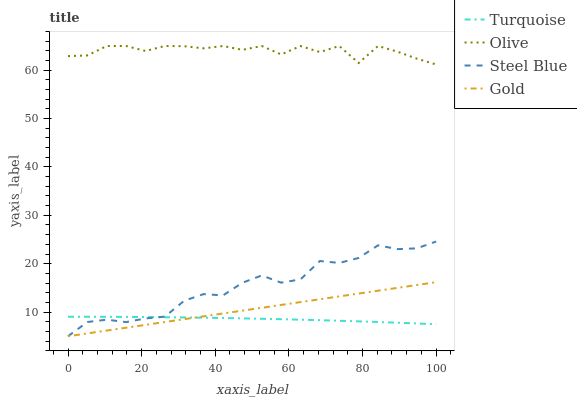
| xaxis_label | Turquoise | Olive | Steel Blue | Gold |
 | --- | --- | --- | --- | --- |
 | 0 | 9.04 | 62.9 | 5 | 5 |
 | 5.26 | 9.03 | 63.1 | 7.94 | 5.59 |
 | 10.5 | 9.02 | 65 | 8.43 | 6.18 |
 | 15.8 | 9 | 65 | 7.93 | 6.77 |
 | 21.1 | 8.97 | 64 | 8.69 | 7.35 |
 | 26.3 | 8.93 | 65 | 9.06 | 7.94 |
 | 31.6 | 8.89 | 65 | 12.3 | 8.53 |
 | 36.8 | 8.83 | 64.5 | 13.7 | 9.12 |
 | 42.1 | 8.77 | 65 | 13.4 | 9.71 |
 | 47.4 | 8.7 | 64.2 | 16.1 | 10.3 |
 | 52.6 | 8.61 | 65 | 17.6 | 10.9 |
 | 57.9 | 8.52 | 63.3 | 16.1 | 11.5 |
 | 63.2 | 8.43 | 65 | 16.8 | 12.1 |
 | 68.4 | 8.32 | 63.7 | 20.6 | 12.6 |
 | 73.7 | 8.2 | 65 | 20.2 | 13.2 |
 | 78.9 | 8.07 | 61.5 | 21.2 | 13.8 |
 | 84.2 | 7.94 | 65 | 23.8 | 14.4 |
 | 89.5 | 7.8 | 63.8 | 23 | 15 |
 | 94.7 | 7.65 | 62.4 | 23.2 | 15.6 |
 | 100 | 7.48 | 61.2 | 24.6 | 16.2 |